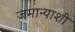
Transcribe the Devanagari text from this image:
जमान्याशी